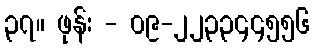
၃၇။ ဖုန်း - ၀၉-၂၂၃၃၄၄၅၅၆